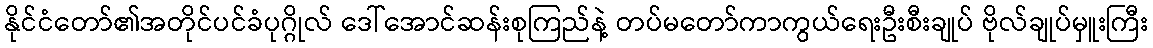
နိုင်ငံတော်၏အတိုင်ပင်ခံပုဂ္ဂိုလ် ဒေါ်အောင်ဆန်းစုကြည်နဲ့ တပ်မတော်ကာကွယ်ရေးဦးစီးချုပ် ဗိုလ်ချုပ်မှူးကြီး